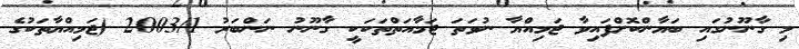
މި ގާނޫނުގައި ބަޔާންކޮށްފައިވާ ޖަމިއްޔާ ނުވަތަ ޖަމާއަތްތަކަކީ ގާނޫނު ނަންބަރު 2003/1 (ޖަމިއްޔާތަކުގެ